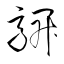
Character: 髜